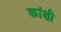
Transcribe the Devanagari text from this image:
कांक्षी